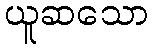
ယူဆသော